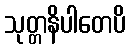
သုတ္တနိပါတေပိ